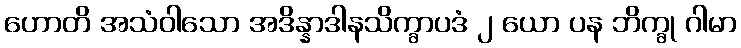
ဟောတိ အသံဝါသော အဒိန္နာဒါနသိက္ခာပဒံ ၂ ယော ပန ဘိက္ခု ဂါမာ